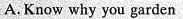
A.Know why you garden